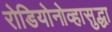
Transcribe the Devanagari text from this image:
रोडियोनोव्हासुद्धा